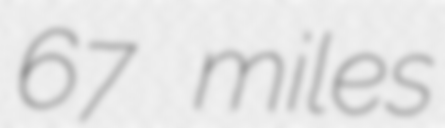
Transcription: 67 miles